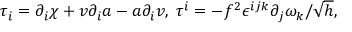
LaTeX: \tau _ { i } = \partial _ { i } \chi + v \partial _ { i } a - a \partial _ { i } v , \; \tau ^ { i } = - f ^ { 2 } \epsilon ^ { i j k } \partial _ { j } \omega _ { k } / \sqrt { h } ,